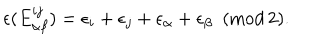
\epsilon ( E _ { \alpha \beta } ^ { i j } ) = \epsilon _ { i } + \epsilon _ { j } + \epsilon _ { \alpha } + \epsilon _ { \beta } \, \, \, ( \mathrm { m o d \, 2 } ) .